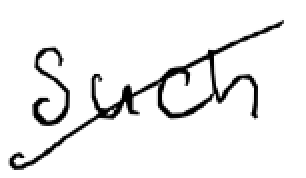
Text: such
Cross-out: diagonal
Writing tool: digital_black